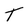
Character: T